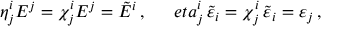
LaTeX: \eta _ { j } ^ { i } E ^ { j } = \chi _ { j } ^ { i } E ^ { j } = \tilde { E } ^ { i } \, , \ \ \ \ \, e t a _ { j } ^ { i } \, \tilde { \varepsilon } _ { i } = \chi _ { j } ^ { i } \, \tilde { \varepsilon } _ { i } = \varepsilon _ { j } \, ,